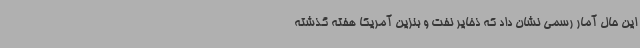
این حال آمار رسمی نشان داد که ذخایر نفت و بنزین آمریکا هفته گذشته